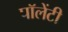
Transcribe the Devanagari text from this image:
पॉलेंटी